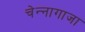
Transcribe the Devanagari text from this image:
चेन्‍नागाजा